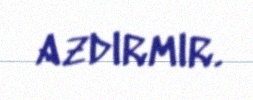
azdırmır.